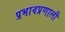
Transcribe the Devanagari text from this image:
प्रभावप्रणाली